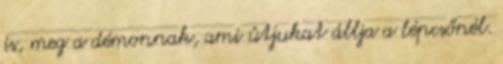
is, meg a démonnak, ami útjukat állja a lépcsőnél.